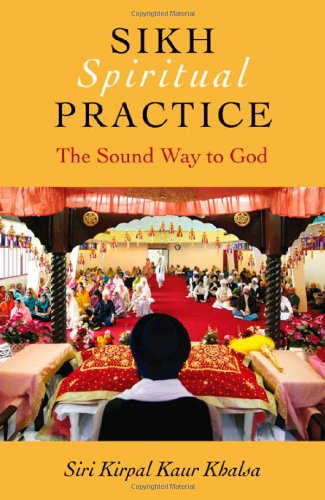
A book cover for Sikh Spiritual Practice: The Sound Way to God; Siri Kirpal Kaur Khalsa; Religion & Spirituality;